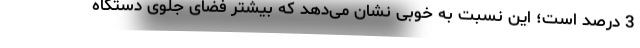
3 درصد است؛ این نسبت به خوبی نشان می‌دهد که بیشتر فضای جلوی دستگاه